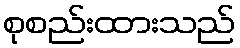
စုစည်းထားသည်